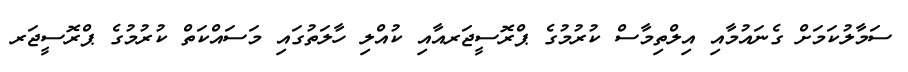
ސަމާލުކަމަށް ގެނައުމާއި އިލްތިމާސް ކުރުމުގެ ޕްރޮސީޖަރއާއި ކުއްލި ހާލަތުގައި މަސައްކަތް ކުރުމުގެ ޕްރޮސީޖަރ